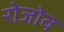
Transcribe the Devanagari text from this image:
रोजोव